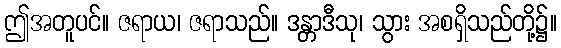
ဤအတူပင်။ ဇရာယ၊ ဇရာသည်။ ဒန္တာဒီသု၊ သွား အစရှိသည်တို့၌။